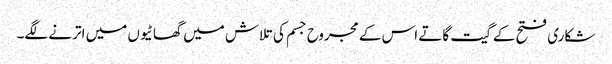
شکاری فتح کے گیت گاتے اس کے مجروح جسم کی تلاش میں گھاٹیوں میں اترنے لگے۔